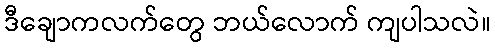
ဒီချောကလက်တွေ ဘယ်လောက် ကျပါသလဲ။